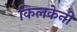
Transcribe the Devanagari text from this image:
किलकेनी